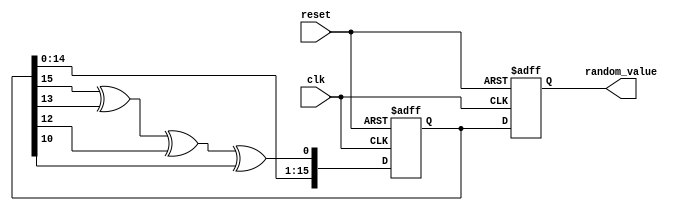
module random_initialization (
    input wire clk,               // Clock signal
    input wire reset,             // Asynchronous reset signal
    output reg [15:0] random_value // Random value output (16-bit wide)
);

    // Internal register for LFSR
    reg [15:0] lfsr;              // 16-bit LFSR register
    wire feedback;                // Feedback bit for LFSR

    // Feedback polynomial for 16-bit LFSR: x^16 + x^14 + x^13 + x^11 + 1
    assign feedback = lfsr[15] ^ lfsr[13] ^ lfsr[12] ^ lfsr[10];

    // On reset, initialize the LFSR with a seed value
    // You can change the seed value if needed
    always @(posedge clk or posedge reset) begin
        if (reset) begin
            lfsr <= 16'hACE1; // Seed value (can be changed)
            random_value <= 16'b0; // Clear random value
        end else begin
            // Shift LFSR and insert feedback bit
            lfsr <= {lfsr[14:0], feedback};
            random_value <= lfsr; // Output the current LFSR value
        end
    end

endmodule